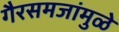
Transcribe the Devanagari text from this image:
गैरसमजांमुळे